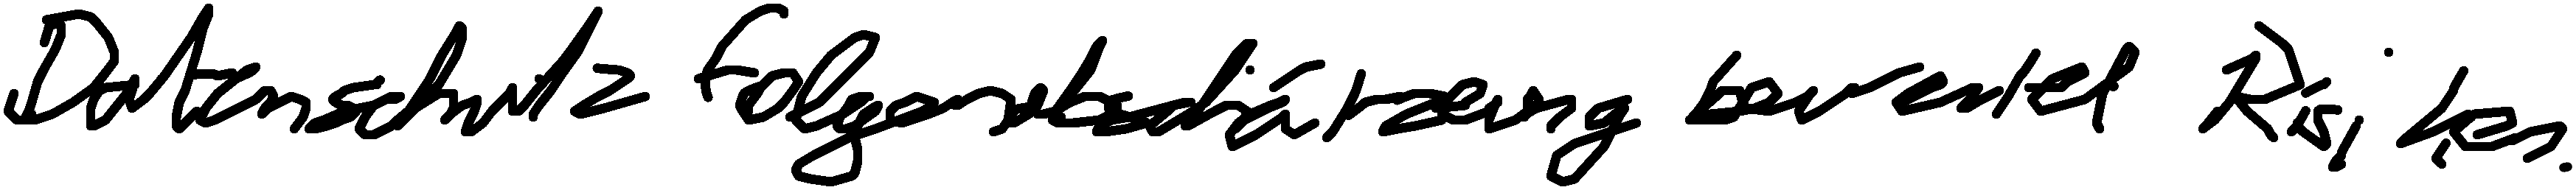
Datenschutzfolgenabschätzung bewertet Risiken.